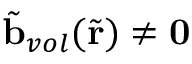
\tilde { \mathbf { b } } _ { v o l } ( \tilde { \mathbf { r } } ) \neq \mathbf { 0 }